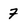
Character: 7